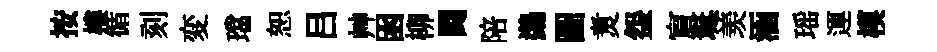
按樓循刻変璫恕吕艸囦柳闘陪鷁圖煑盌賔埏羡涵瑶運模